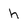
Character: h